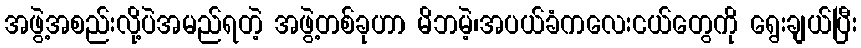
အဖွဲ့အစည်းလို့ပဲအမည်ရတဲ့ အဖွဲ့တစ်ခုဟာ မိဘမဲ့၊အပယ်ခံကလေးငယ်တွေကို ရွေးချယ်ပြီး